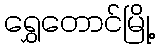
ရွှေတောင်မြို့